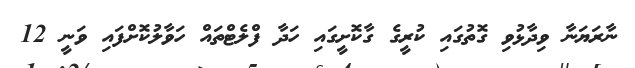
ނާރަޔަނާ ވިދާޅުވި ގޮތުގައި ކުރީގެ ގާކޮށީގައި ހަދާ ފްލެޓްތައް ހަވާލުކޮށްފައި ވަނީ 12